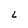
Character: L